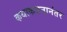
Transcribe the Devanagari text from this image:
कथाकथनानंतर